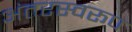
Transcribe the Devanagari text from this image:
अंतरस्वरूप